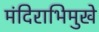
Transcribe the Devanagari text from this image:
मंदिराभिमुखे